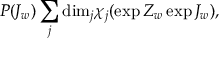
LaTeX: P ( J _ { w } ) \sum _ { j } \mathrm { d i m } _ { j } \chi _ { j } ( \exp { Z _ { w } } \exp { J _ { w } } ) ,